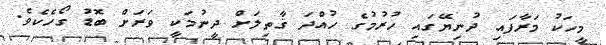
މީހަކު މަރާފައި ދުނިޔޭގައި ހުރުމުގެ ހުއްދަ ޤާތިލަށް ދީނުމަކީ ވަރަށް ބޮޑު ގޯހެކެވެ.